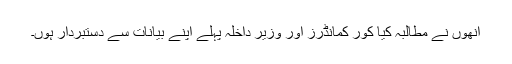
اُنھوں نے مطالبہ کیا کور کمانڈرز اور وزیر داخلہ پہلے اپنے بیانات سے دستبردار ہوں۔